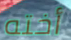
أخته